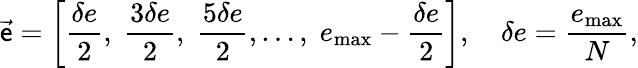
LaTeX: \vec{\mathsf{e}}=\left[\frac{\delta e}{2},\; \frac{3\delta e}{2},\; \frac{5\delta e}{2},\ldots,\; e_{\mathrm{max}}-\frac{\delta e}{2}\right],\quad\delta e=\frac{e_{\mathrm{max}}}{N},